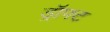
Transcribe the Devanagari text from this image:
ड्रॉफ्ट